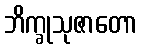
ဘိက္ခုသုဇာတော